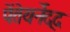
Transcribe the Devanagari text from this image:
पेंतेयर्नेद्द